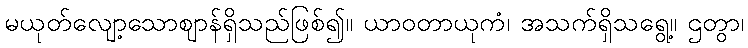
မယုတ်လျော့သောဈာန်ရှိသည်ဖြစ်၍။ ယာဝတာယုကံ၊ အသက်ရှိသရွေ့။ ဌတွာ၊